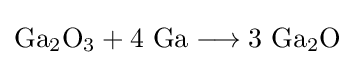
\mathrm {Ga_{2}O_{3}+4\ Ga\longrightarrow 3\ Ga_{2}O}